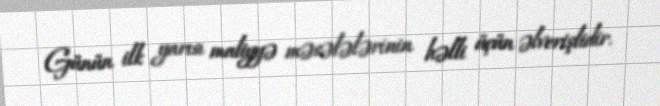
Günün ilk yarısı maliyyə məsələlərinin həlli üçün əlverişlidir.